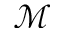
\mathcal { M }